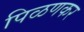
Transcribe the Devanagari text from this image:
पिळणकर